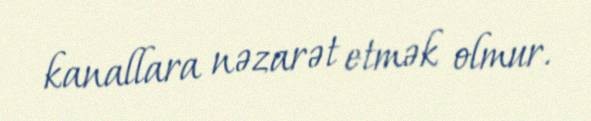
kanallara nəzarət etmək olmur.